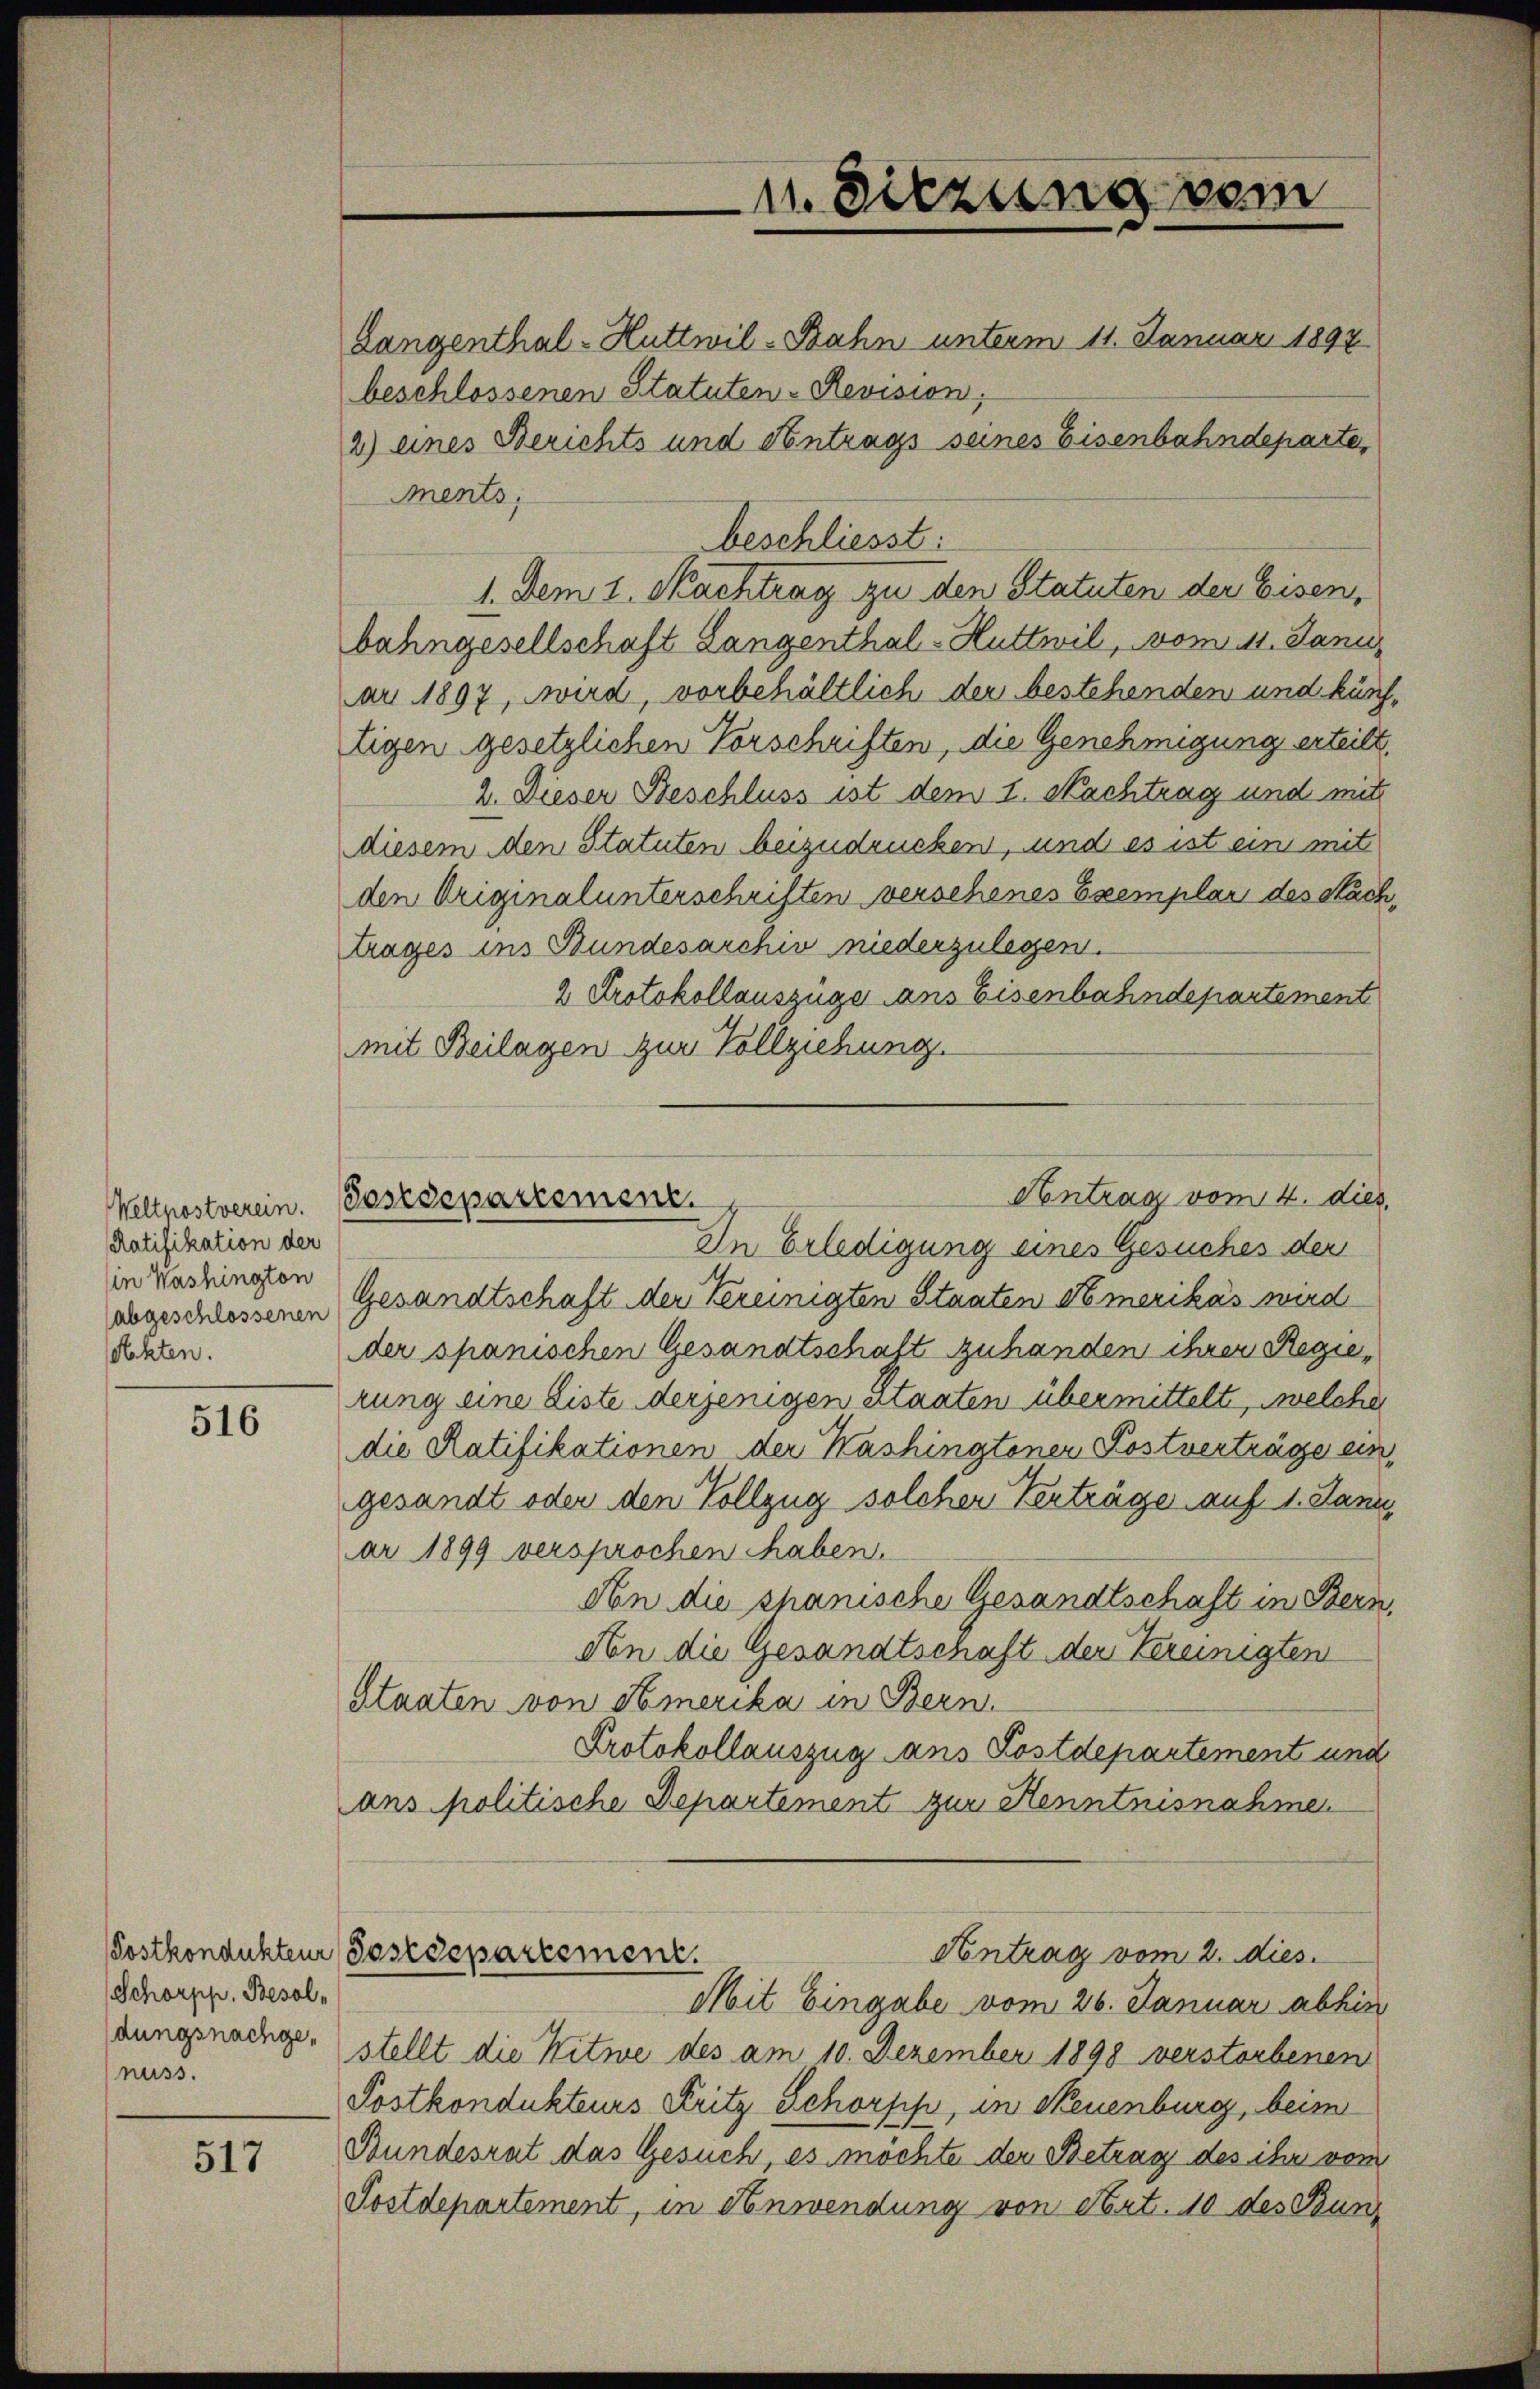
Ratifikation der
in Washington
etekten.

516

517

Schorpp. Besolnuss.

beschlossenen Statuten-Revision;
Ments,
beschliesst:
1. Dem 1. Nachtrag zu den Statuten der Eisen,
bahngesellschaft Langenthal-Huttwil, vom 11. Janu
ar 1897, wird, vorbehältlich der bestehenden und kürz
tigen gesetzlichen Vorschriften, die Genehmigung erteilt
2. Dieser Beschluss ist dem 1. Nachtrag und mit
diesem den Statuten beizudrücken, und es ist ein mit
den Originalunterschriften verschenes Exemplar des Sach
trages ins Bundesarchiv niederzulegen.
2 Protokollauszüge ans Eisenbahndepartement
mit Beilagen zur Vollziehung.
In Erledigung eines Gesuches der
abgeschlossenen Gesandtschaft der Vereinigten Staaten Amerikas wird
der spanischen Gesandtschaft zuhanden ihrer Regierung eine Liste derjenigen Staaten übermittelt, welcher
die Ratifikationen der Kashingtoner Postverträge ein
gesandt oder den Vollzug solcher Verträge auf 1. Janu
ar 1899 versprochen haben.
Non die chanische Gesandtschaft in Bern,
An die Gesandtschaft der Vereinigten
Staaten von Amerika in Bern.
Protokollauszug ans Postdepartement und
ans politische Departement zur Kenntnisnahmen
Antrag vom 2. dies
Postkondukteur Postdepartement.
Mit Eingabe vom 26. Januar abhin
dungsnange stellt die Witwe des am 10. Dezember 1898 verstorbenen
Postkondukteurs Fritz Schorpp, in Neuenburg, beim
Bundesrat das Gesuch, es möchte der Betrag des ihr vom
Postdepartement, in Anwendung von Art. 110 des Bun

n. Sitzung vom
Langenthal - Huttwil-Bahn unterm 11. Januar 1897
2) eines Berichts und Antrags seines Eisenbahndeparte,

Antrag vom 4. dies
Weltpostverein. Postdepartement.